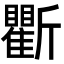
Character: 𣃖